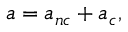
a = a _ { n c } + a _ { c } ,